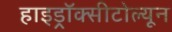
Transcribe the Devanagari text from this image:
हाइड्रॉक्सीटोल्यून